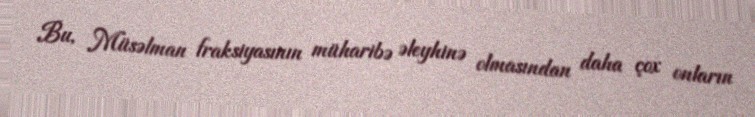
Bu, Müsəlman fraksiyasının müharibə əleyhinə olmasından daha çox onların